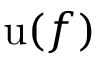
\operatorname { u } ( f )